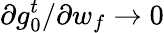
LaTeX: \partial g_{0}^{t}/\partial w_{f}\rightarrow 0